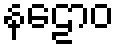
နဠောဝ